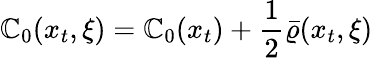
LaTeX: \mathbb{C}_{0}(x_{t},\xi)=\mathbb{C}_{0}(x_{t})+{\frac{{1}}{{2}}}\bar{{\varrho}}(x_{t},\xi)